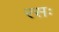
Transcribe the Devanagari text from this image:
रसः